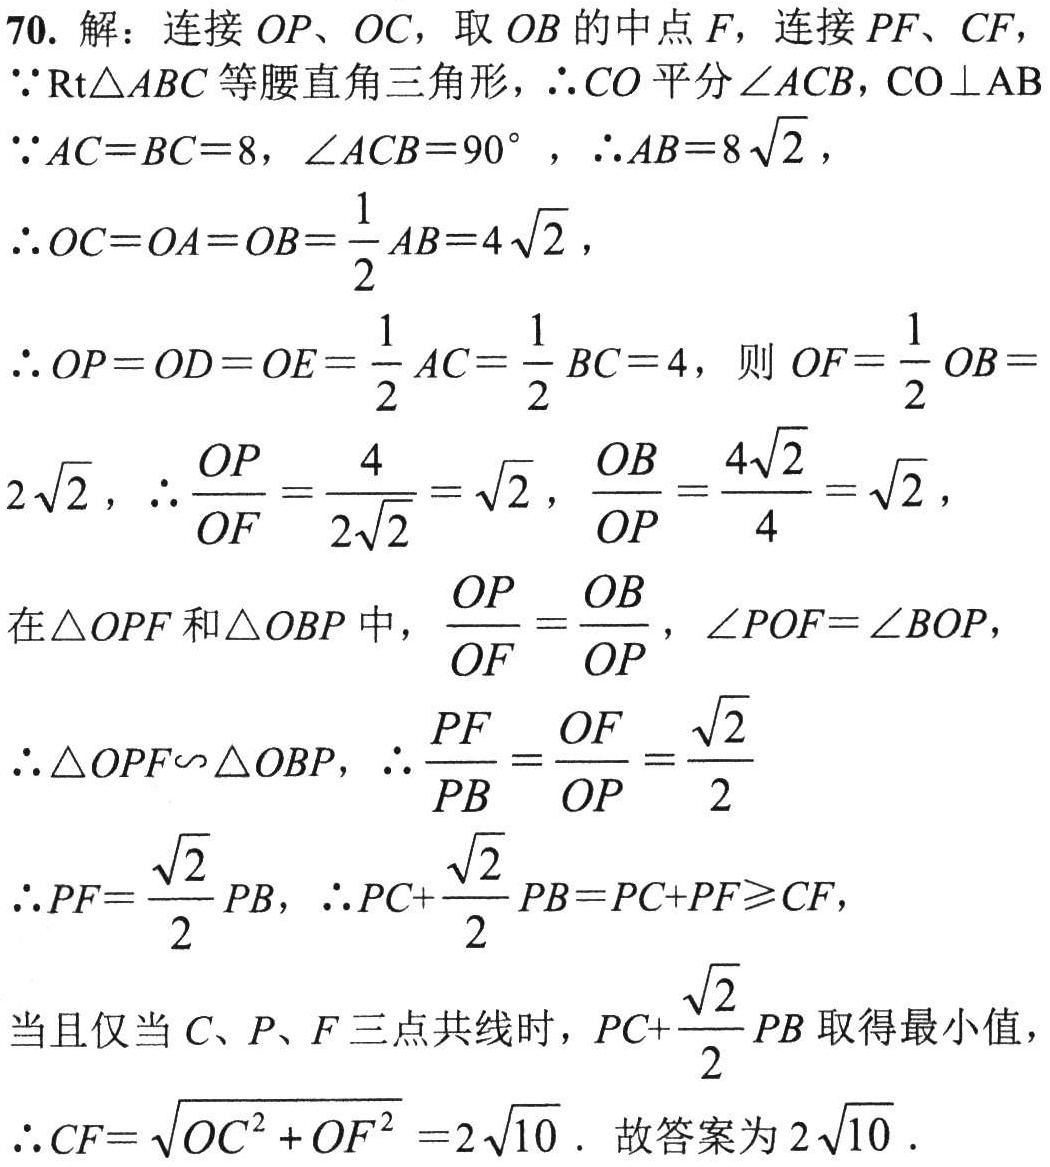
70. 解：连接 \(OP\)、\(OC\)，取 \(OB\) 的中点 \(F\)，连接 \(PF\)、\(CF\)，
\(\because \text{Rt}\triangle ABC\) 等腰直角三角形，\(\therefore CO\) 平分 \(\angle ACB\)，\(CO\perp AB\)
\(\because AC = BC = 8\)，\(\angle ACB = 90^{\circ}\)，\(\therefore AB = 8\sqrt{2}\)，
\(\therefore OC = OA = OB=\frac{1}{2}AB = 4\sqrt{2}\)，
\(\therefore OP = OD = OE=\frac{1}{2}AC=\frac{1}{2}BC = 4\)，则 \(OF=\frac{1}{2}OB = 2\sqrt{2}\)，\(\therefore \frac{OP}{OF}=\frac{4}{2\sqrt{2}}=\sqrt{2}\)，\(\frac{OB}{OP}=\frac{4\sqrt{2}}{4}=\sqrt{2}\)，
在 \(\triangle OPF\) 和 \(\triangle OBP\) 中，\(\frac{OP}{OF}=\frac{OB}{OP}\)，\(\angle POF = \angle BOP\)，
\(\therefore \triangle OPF\sim\triangle OBP\)，\(\therefore \frac{PF}{PB}=\frac{OF}{OP}=\frac{\sqrt{2}}{2}\)
\(\therefore PF=\frac{\sqrt{2}}{2}PB\)，\(\therefore PC+\frac{\sqrt{2}}{2}PB = PC + PF\geq CF\)，
当且仅当 \(C\)、\(P\)、\(F\) 三点共线时，\(PC+\frac{\sqrt{2}}{2}PB\) 取得最小值，
\(\therefore CF=\sqrt{OC^{2}+OF^{2}} = 2\sqrt{10}\)．故答案为 \(2\sqrt{10}\)．